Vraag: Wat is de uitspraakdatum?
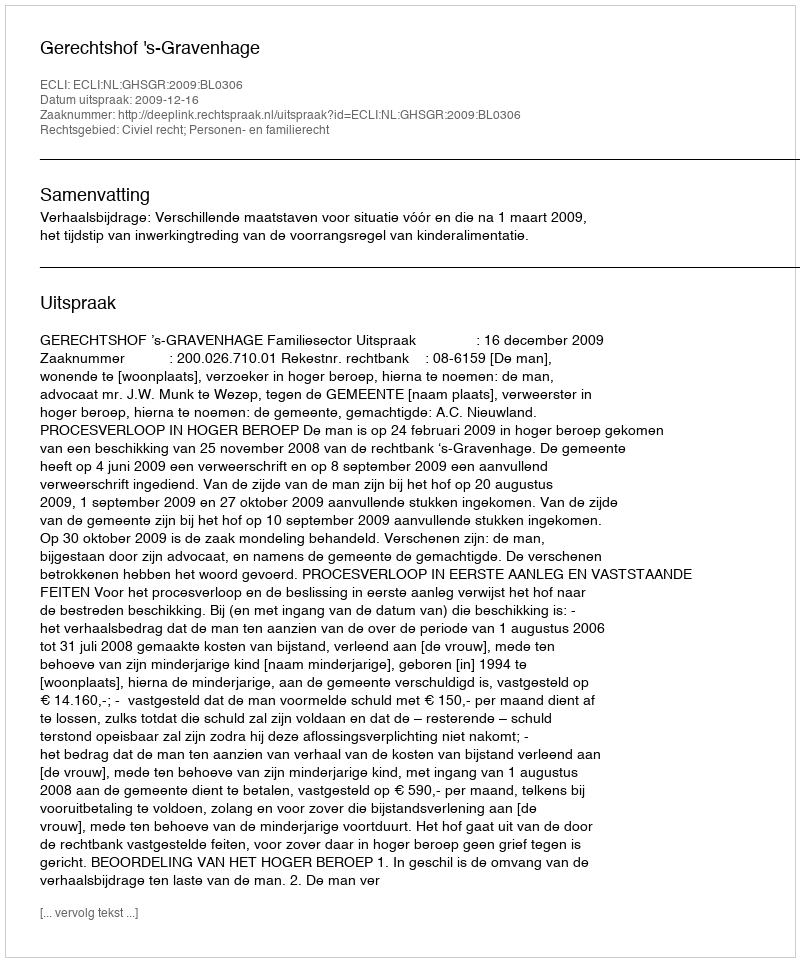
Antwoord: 2009-12-16